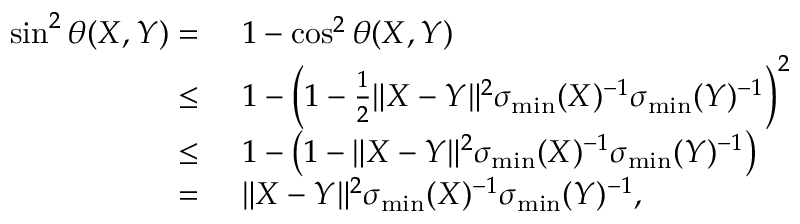
\begin{array} { r l } { \sin ^ { 2 } \theta ( X , Y ) = } & { ~ 1 - \cos ^ { 2 } \theta ( X , Y ) } \\ { \leq } & { ~ 1 - \left( 1 - \frac 1 2 \| X - Y \| ^ { 2 } \sigma _ { \operatorname* { m i n } } ( X ) ^ { - 1 } \sigma _ { \operatorname* { m i n } } ( Y ) ^ { - 1 } \right) ^ { 2 } } \\ { \leq } & { ~ 1 - \left( 1 - \| X - Y \| ^ { 2 } \sigma _ { \operatorname* { m i n } } ( X ) ^ { - 1 } \sigma _ { \operatorname* { m i n } } ( Y ) ^ { - 1 } \right) } \\ { = } & { ~ \| X - Y \| ^ { 2 } \sigma _ { \operatorname* { m i n } } ( X ) ^ { - 1 } \sigma _ { \operatorname* { m i n } } ( Y ) ^ { - 1 } , } \end{array}